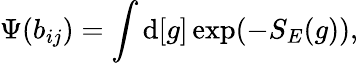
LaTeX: \Psi(b_{ij})=\int\mathrm{d}[g]\exp(-S_{E}(g)),